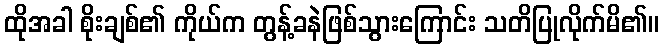
ထိုအခါ စိုးချစ်၏ ကိုယ်က တွန့်ခနဲဖြစ်သွားကြောင်း သတိပြုလိုက်မိ၏။